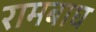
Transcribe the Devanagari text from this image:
रामबाघ